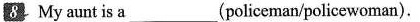
8 My aunt is a___(policeman/policewoman).